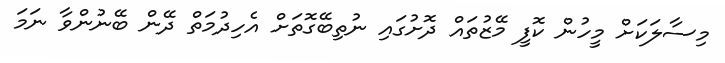
މިސާލަކަށް މީހުން ކޮފީ މޭޒުތައް ދޮށުގައި ނުތިބޭގޮތަށް އެހިދުމަތް ދޭން ބޭނުންވާ ނަމަ